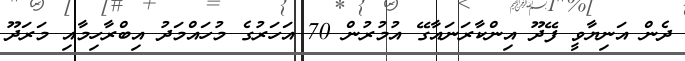
ދެން އަނިޔާވީ ފޭދޫ އިންކާރަނައާގޭ އުމުރުން 70 އަހަރުގެ މުހައްމަދު އިބްރާހިމާއި މަރަދޫ